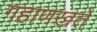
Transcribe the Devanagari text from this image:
गहाणखते